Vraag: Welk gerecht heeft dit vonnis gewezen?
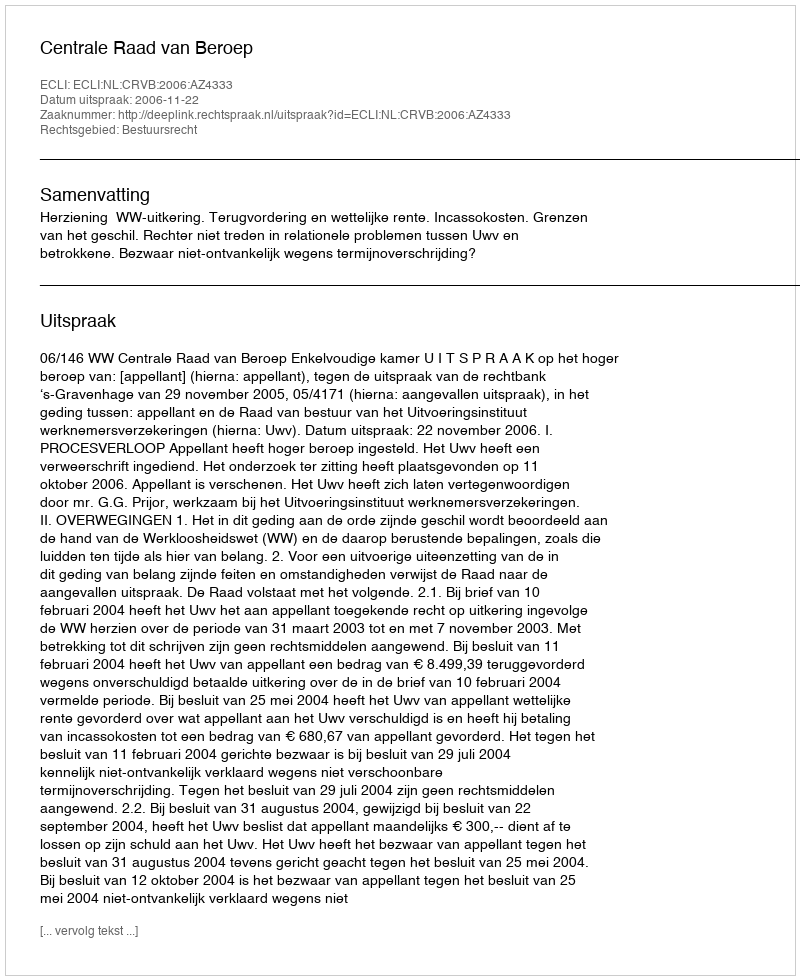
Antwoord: Centrale Raad van Beroep